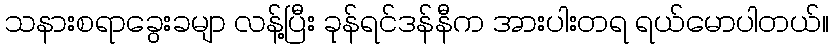
သနားစရာခွေးခမျာ လန့်ပြီး ခုန်ရင်ဒန်နီက အားပါးတရ ရယ်မောပါတယ်။